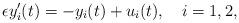
LaTeX: \begin{align*}\epsilon y'_i(t)= -y_i(t) + u_i(t), \ \ \ i=1,2,\end{align*}